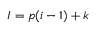
I = p ( i - 1 ) + k